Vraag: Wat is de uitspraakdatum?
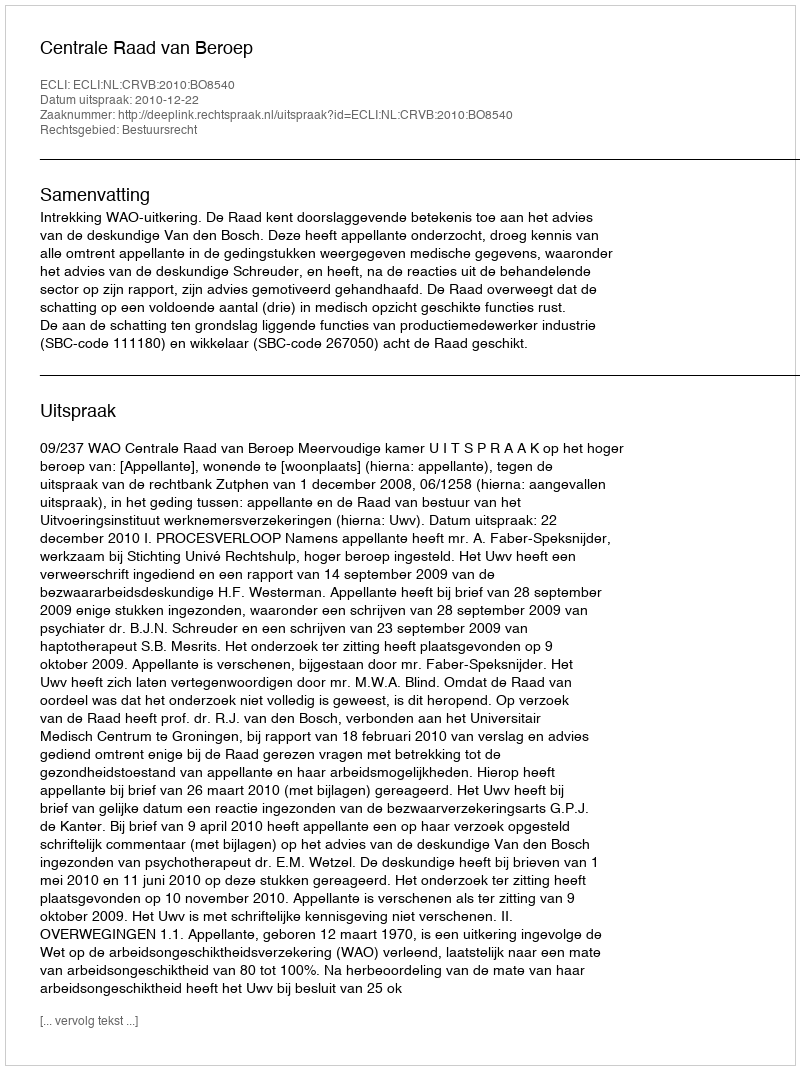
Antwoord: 2010-12-22